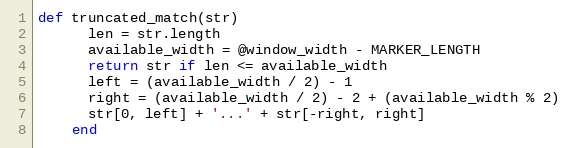
Language: Ruby
def truncated_match(str)
      len = str.length
      available_width = @window_width - MARKER_LENGTH
      return str if len <= available_width
      left = (available_width / 2) - 1
      right = (available_width / 2) - 2 + (available_width % 2)
      str[0, left] + '...' + str[-right, right]
    end